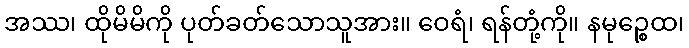
အဿ၊ ထိုမိမိကို ပုတ်ခတ်သောသူအား။ ဝေရံ၊ ရန်တုံ့ကို။ နမုဉ္စေထ၊